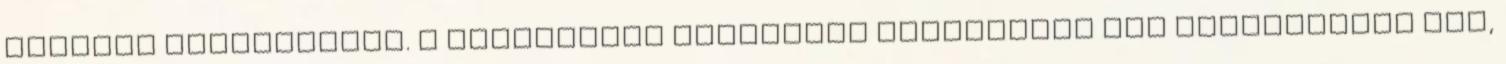
hűtőben pihentetjük. A kinyújtott tésztával kibélelünk egy tortaformát úgy,